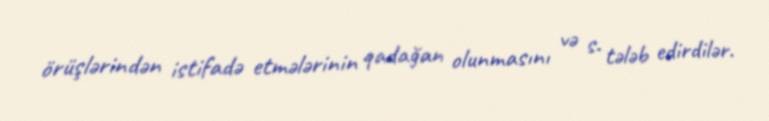
örüşlərindən istifadə etmələrinin qadağan olunmasını və s. tələb edirdilər.